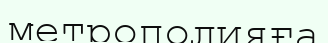
метрополияға